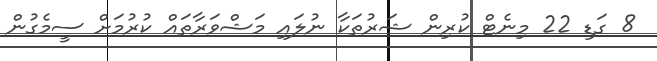
8 ގަޑި 22 މިނެޓް ކުރިން ޝަރުތަކާ ނުލައި މަޝްވަރާތައް ކުރުމަށް ސީމެގުން